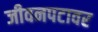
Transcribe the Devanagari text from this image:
जीवनपटावर